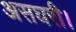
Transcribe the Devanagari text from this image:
असघरी।